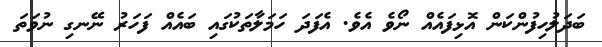
ބަދަލުހިފުންކަން އޮޅިފައެއް ނޯވެ އެވެ. އެފަދަ ހަމަލާތަކުގައި ބައެއް ފަހަރު ނޭނގި ނުވަތަ